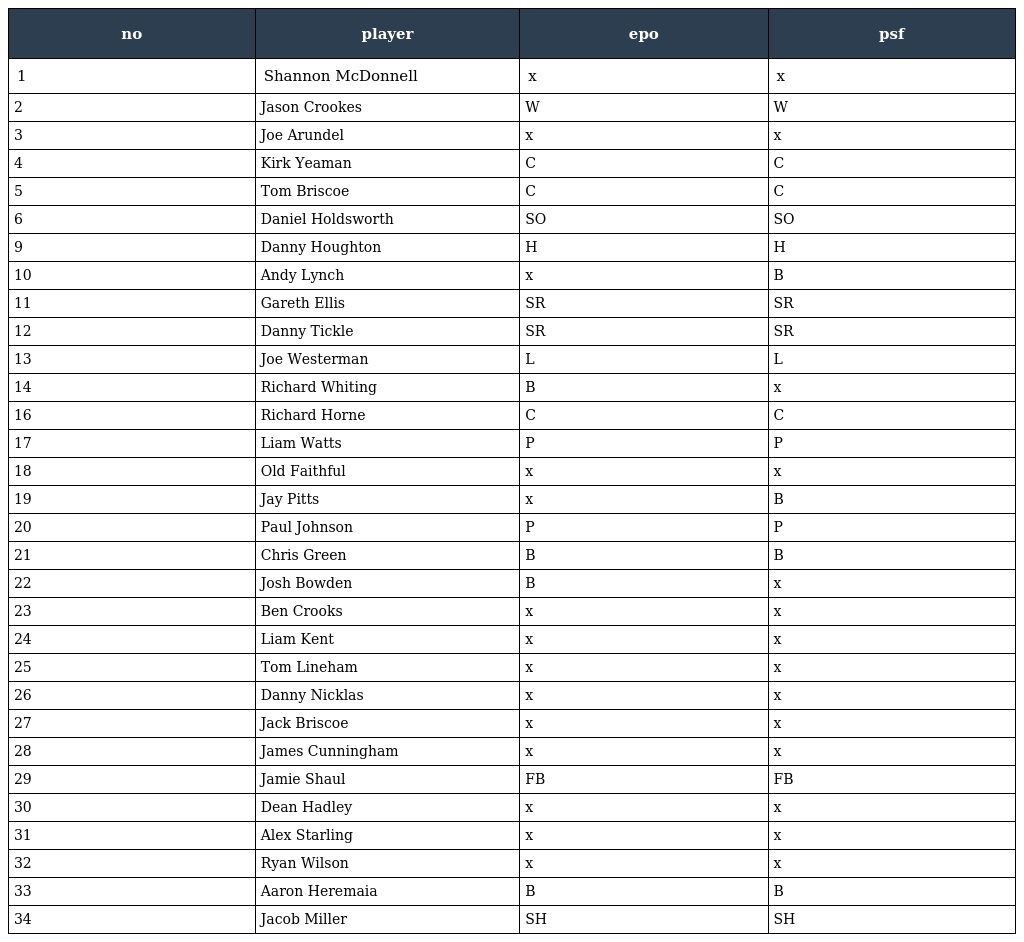
| no | player | epo | psf |
 | --- | --- | --- | --- |
 | 1 | Shannon McDonnell | x | x |
 | 2 | Jason Crookes | W | W |
 | 3 | Joe Arundel | x | x |
 | 4 | Kirk Yeaman | C | C |
 | 5 | Tom Briscoe | C | C |
 | 6 | Daniel Holdsworth | SO | SO |
 | 9 | Danny Houghton | H | H |
 | 10 | Andy Lynch | x | B |
 | 11 | Gareth Ellis | SR | SR |
 | 12 | Danny Tickle | SR | SR |
 | 13 | Joe Westerman | L | L |
 | 14 | Richard Whiting | B | x |
 | 16 | Richard Horne | C | C |
 | 17 | Liam Watts | P | P |
 | 18 | Old Faithful | x | x |
 | 19 | Jay Pitts | x | B |
 | 20 | Paul Johnson | P | P |
 | 21 | Chris Green | B | B |
 | 22 | Josh Bowden | B | x |
 | 23 | Ben Crooks | x | x |
 | 24 | Liam Kent | x | x |
 | 25 | Tom Lineham | x | x |
 | 26 | Danny Nicklas | x | x |
 | 27 | Jack Briscoe | x | x |
 | 28 | James Cunningham | x | x |
 | 29 | Jamie Shaul | FB | FB |
 | 30 | Dean Hadley | x | x |
 | 31 | Alex Starling | x | x |
 | 32 | Ryan Wilson | x | x |
 | 33 | Aaron Heremaia | B | B |
 | 34 | Jacob Miller | SH | SH |